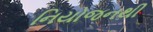
નિયોજનથી